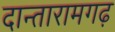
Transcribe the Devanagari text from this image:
दान्तारामगढ़